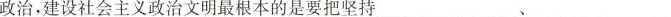
政治，建设社会主义政治文明最根本的是要把坚持_、_